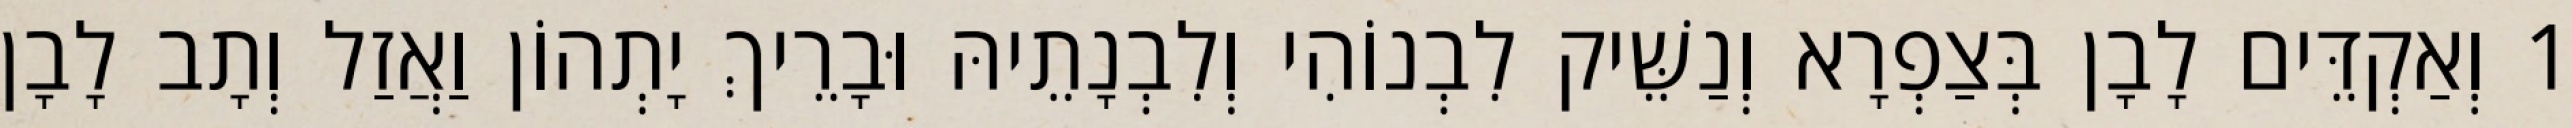
1 וְאַקְדֵּים לָבָן בְּצַפְרָא וְנַשֵּׁיק לִבְנוֹהִי וְלִבְנָתֵיהּ וּבָרֵיךְ יָתְהוֹן וַאֲזַל וְתָב לָבָן